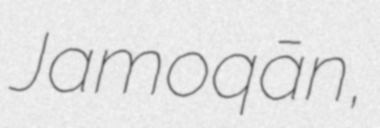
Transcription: Jamoqān,